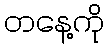
တနေ့ကို